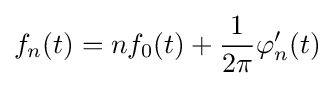
f_{n}(t)=nf_{0}(t)+{\frac {1}{2\pi }}\varphi _{n}^{\prime }(t)